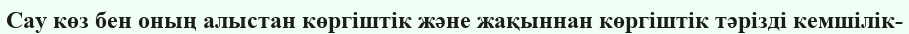
Сау көз бен оның алыстан көргіштік және жақыннан көргіштік тәрізді кемшілік-